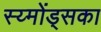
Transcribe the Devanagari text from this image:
स्य्मोंड्सका